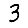
Digit: 3